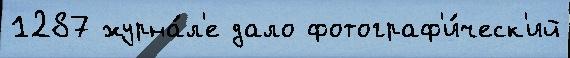
1287 журна́л'е дало фотограф'и́ческ'ий